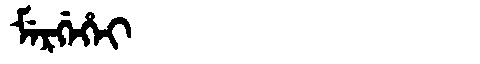
Manchu: ᠮᡝᡵᡤᡝᡥᡝᡳ
Romanization: MERGEHEI